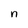
Character: n